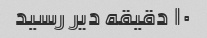
۱۰ دقیقه دیر رسید